Vaccination in Bombay 1856-1862 - 1856-1862
Year: 1856
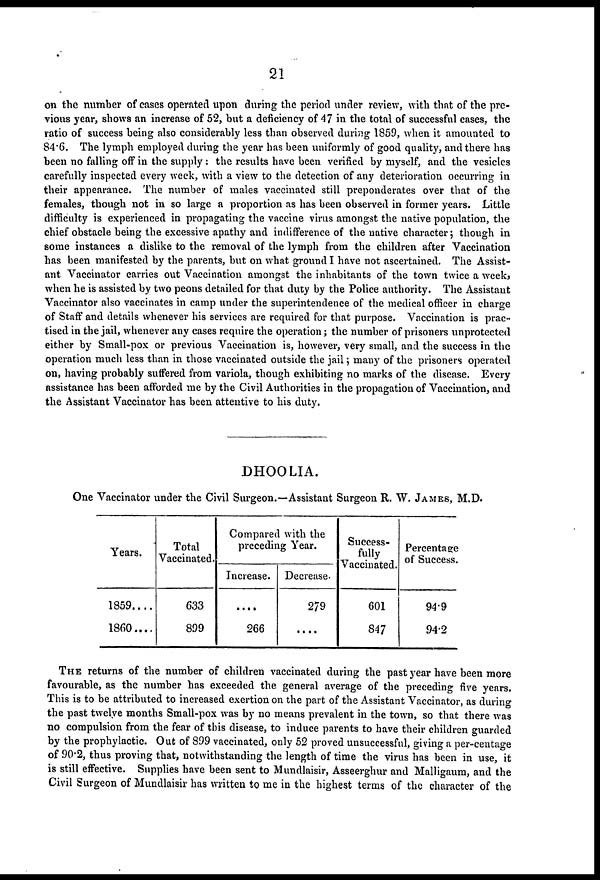
21
on the number of cases operated upon during the period under review, with that of the pre-
vious year, shows an increase of 52, but a deficiency of 47 in the total of successful cases, the
ratio of success being also considerably less than observed during 1859, when it amounted to
84.6. The lymph employed during the year has been uniformly of good quality, and there has
been no falling off in the supply : the results have been verified by myself, and the vesicles
carefully inspected every week, with a view to the detection of any deterioration occurring in
their appearance. The number of males vaccinated still preponderates over that of the
females, though not in so large a proportion as has been observed in former years. Little
difficulty is experienced in propagating the vaccine virus amongst the native population, the
chief obstacle being the excessive apathy and indifference of the native character; though in
some instances a dislike to the removal of the lymph from the children after Vaccination
has been manifested by the parents, but on what ground I have not ascertained. The Assist-
ant Vaccinator carries out Vaccination amongst the inhabitants of the town twice a week,
when he is assisted by two peons detailed for that duty by the Police authority. The Assistant
Vaccinator also vaccinates in camp under the superintendence of the medical officer in charge
of Staff and details whenever his services are required for that purpose. Vaccination is prac-
tised in the jail, whenever any cases require the operation; the number of prisoners unprotected
either by Small-pox or previous Vaccination is, however, very small, and the success in the
operation much less than in those vaccinated outside the jail; many of the prisoners operated
on, having probably suffered from variola, though exhibiting no marks of the disease. Every
assistance has been afforded me by the Civil Authorities in the propagation of Vaccination, and
the Assistant Vaccinator has been attentive to his duty.
DHOOLIA.
One Vaccinator under the Civil Surgeon.—Assistant Surgeon R. W. JAMES, M.D.
Years.
1859....
1860....
Total
Vaccinated.
633
899
Compared with the
preceding Year.
Increase.
....
266
Decrease.
279
....
Success-
fully
Vaccinated.
601
847
Percentage
of Success.
94.9
94.2
THE returns of the number of children vaccinated during the past year have been more
favourable, as the number has exceeded the general average of the preceding five years.
This is to be attributed to increased exertion on the part of the Assistant Vaccinator, as during
the past twelve months Small-pox was by no means prevalent in the town, so that there was
no compulsion from the fear of this disease, to induce parents to have their children guarded
by the prophylactic. Out of 899 vaccinated, only 52 proved unsuccessful, giving a per-centage
of 90.2, thus proving that, notwithstanding the length of time the virus has been in use, it
is still effective. Supplies have been sent to Mundlaisir, Asseerghur and Malligaum, and the
Civil Surgeon of Mundlaisir has written to me in the highest terms of the character of the